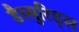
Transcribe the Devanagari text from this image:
डैस्युरिड्स